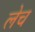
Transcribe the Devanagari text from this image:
लेच